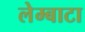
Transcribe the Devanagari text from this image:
लेम्बाटा